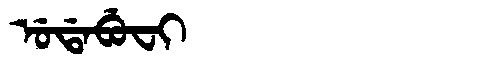
Manchu: ᡠᡩᠠᠪᡠᠸᡳ
Romanization: UDABUFI